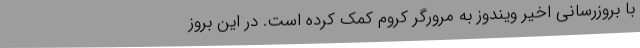
با بروزرسانی اخیر ویندوز به مرورگر کروم کمک کرده است. در این بروز